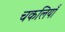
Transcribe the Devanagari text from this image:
चकलियाँ